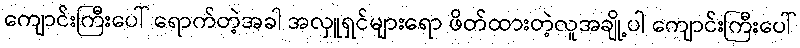
ကျောင်းကြီးပေါ် ရောက်တဲ့အခါ အလှူရှင်များရော ဖိတ်ထားတဲ့လူအချို့ပါ ကျောင်းကြီးပေါ်